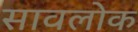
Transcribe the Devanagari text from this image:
सावलोक